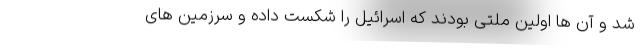
شد و آن ها اولین ملتی بودند که اسرائیل را شکست داده و سرزمین های